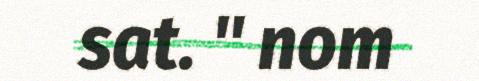
sat. " nom